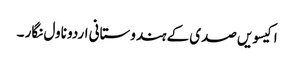
اکیسویں صدی کے ہندوستانی اردو ناول نگار ۔